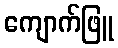
ကျောက်ဖြူ